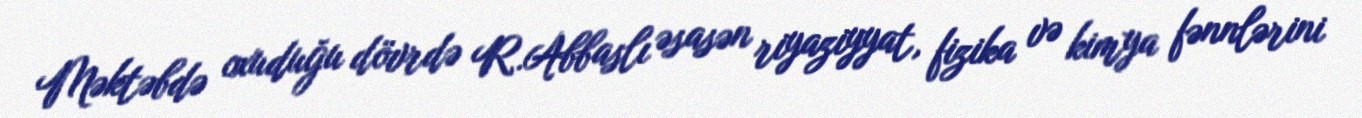
Məktəbdə oxuduğu dövrdə R.Abbaslı əsasən riyaziyyat, fizika və kimya fənnlərini